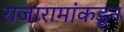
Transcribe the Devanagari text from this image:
राजारामांकडून